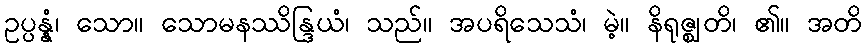
ဥပ္ပန္နံ၊ သော။ သောမနဿိန္ဒြယံ၊ သည်။ အပရိသေသံ၊ မဲ့။ နိရုဇ္ဈတိ၊ ၏။ အတိ